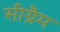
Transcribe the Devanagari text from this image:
सीग्रैम